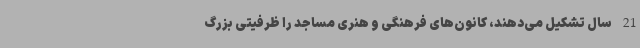
21 سال تشکیل می‌دهند، کانون‌های فرهنگی و هنری مساجد را ظرفیتی بزرگ